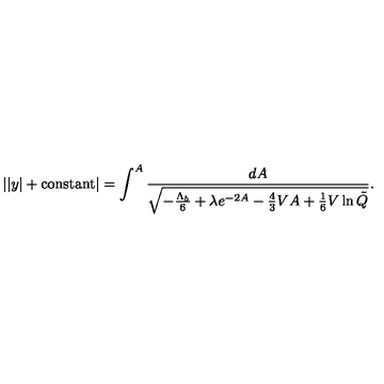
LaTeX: | | y | + \mathrm { c o n s t a n t } | = \int ^ { A } \frac { d A } { \sqrt { - \frac { \Lambda _ { b } } { 6 } + \lambda e ^ { - 2 A } - \frac 4 3 V A + \frac 1 6 V \ln \tilde { Q } } } .